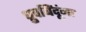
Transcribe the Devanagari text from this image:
ध्रुवबिंदूंना